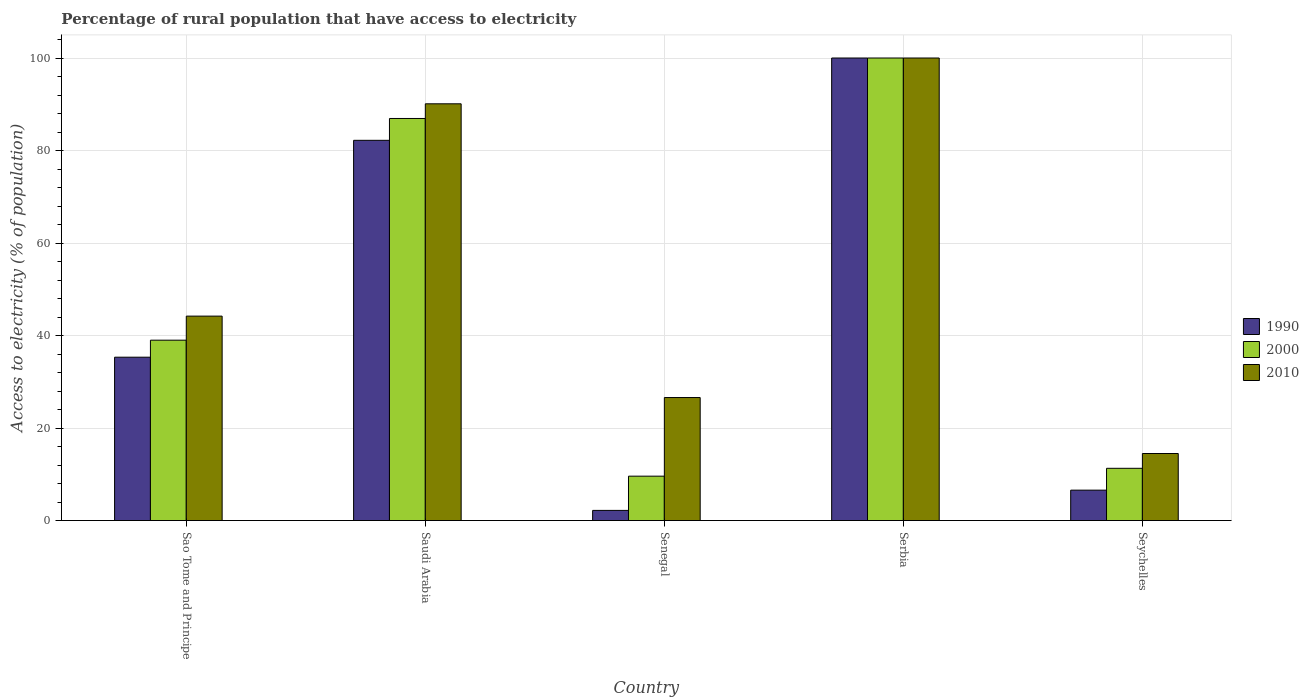
| Country | 1990 | 2000 | 2010 |
 | --- | --- | --- | --- |
 | Sao Tome and Principe | 35.3 | 39 | 44.2 |
 | Saudi Arabia | 82.2 | 86.9 | 90.1 |
 | Senegal | 2.2 | 9.6 | 26.6 |
 | Serbia | 100 | 100 | 100 |
 | Seychelles | 6.58 | 11.3 | 14.5 |